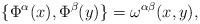
LaTeX: \begin{align*}\{\Phi^\alpha(x), \Phi^\beta(y)\}= \omega^{\alpha\beta}(x,y),\end{align*}